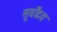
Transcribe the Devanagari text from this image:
सूर्योंदय